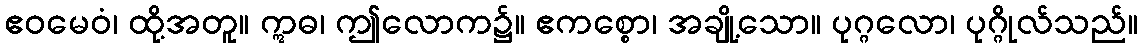
ဧဝမေဝံ၊ ထို့အတူ။ ဣဓ၊ ဤလောက၌။ ဧကစ္စော၊ အချို့သော။ ပုဂ္ဂလော၊ ပုဂ္ဂိုလ်သည်။